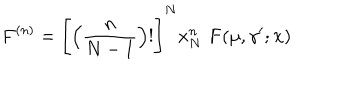
LaTeX: F ^ { ( n ) } = \Bigg [ \Big ( \frac { n } { N - 1 } \Big ) ! \Bigg ] ^ { N } x _ { N } ^ { n } \, \, { \bf F } ( \mu , \gamma ^ { \prime } ; { \bf x } )